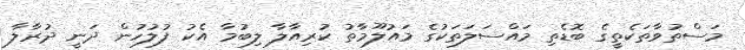
މަސްތުވާތަކެތީގެ ބޮޑެތި މައްސަލަތަކުގެ މައުލޫމާތު ކުރިއާލާ ލިބުމާ އެކު ފުލުހުން ދަނީ ދުރާލާ